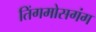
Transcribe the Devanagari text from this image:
तिंगमोसगंग